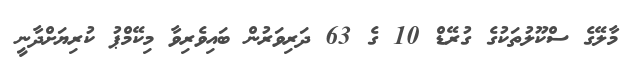
މާލޭގެ ސްކޫލުތަކުގެ ގުރޭޑް 10 ގެ 63 ދަރިވަރުން ބައިވެރިވާ މިކޭމްޕު ކުރިޔަށްދާނީ